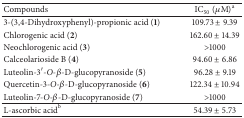
<table><thead><tr><td><b>Compounds</b></td><td><b>IC<sub>50</sub>(<i>μ</i>M)<sup>a</sup></b></td></tr></thead><tbody><tr><td>3-(3,4-Dihydroxyphenyl)-propionic acid (<b>1</b>)</td><td>109.73 ± 9.39</td></tr><tr><td>Chlorogenic acid (<b>2</b>)</td><td>162.60 ± 14.39</td></tr><tr><td>Neochlorogenic acid (<b>3</b>)</td><td>&gt;1000</td></tr><tr><td>Calceolarioside B (<b>4</b>)</td><td>94.60 ± 6.86</td></tr><tr><td>Luteolin-3′-<i>O</i>-<i>β</i>-D-glucopyranoside (<b>5</b>)</td><td>96.28 ± 9.19</td></tr><tr><td>Quercetin-3-<i>O</i>-<i>β</i>-D-glucopyranoside (<b>6</b>)</td><td>122.34 ± 10.94</td></tr><tr><td>Luteolin-7-<i>O</i>-<i>β</i>-D-glucopyranoside (<b>7</b>)</td><td>&gt;1000</td></tr><tr><td>L-ascorbic acid<sup>b</sup></td><td>54.39 ± 5.73</td></tr></tbody></table>